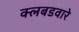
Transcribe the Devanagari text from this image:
क्लबडवारे